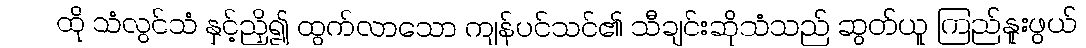
ထို သံလွင်သံ နှင့်ညှိ၍ ထွက်လာသော ကျန်ပင်သင်၏ သီချင်းဆိုသံသည် ဆွတ်ယူ ကြည်နူးဖွယ်